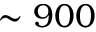
\sim 9 0 0